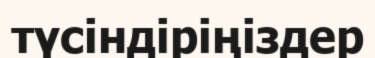
түсіндіріңіздер